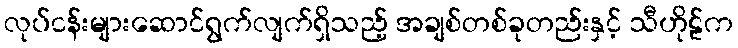
လုပ်ငန်းများဆောင်ရွက်လျက်ရှိသည့် အချစ်တစ်ခုတည်းနှင့် သီဟိုဠ်က